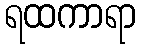
ရထကာရာ